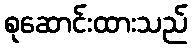
စုဆောင်းထားသည်